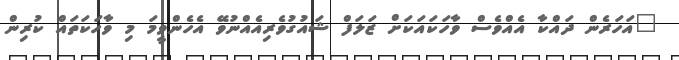
"އަހަރެން ދައްކާ އެއްވެސް ވާހަކައަކަށް ޒަލަފް ޝައުގުވެރިއެއްނުވޭ އެހެންވީމަ މި ވާހަކަތައް ކުރިން